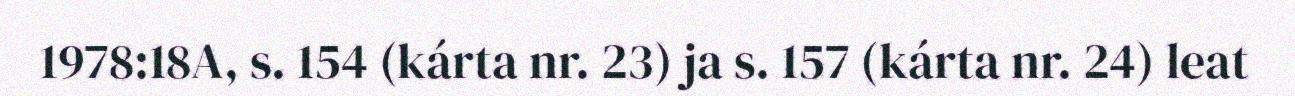
1978:18A, s. 154 (kárta nr. 23) ja s. 157 (kárta nr. 24) leat